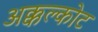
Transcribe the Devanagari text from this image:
अक्कल्कोट